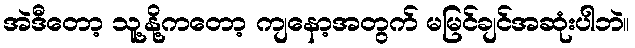
အဲဒီတော့ သူ့နို့ကတော့ ကျနော့အတွက် မမြင်ချင်အဆုံးပါဘဲ။